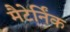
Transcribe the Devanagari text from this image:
मैटेर्निंक